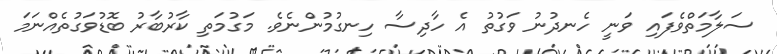
ސަލާމަތްވެފައި ވަނީ ހެނދުނު ވަގުތު އެ ހާދިސާ ހިނގުމުންނެވެ. މަގުމަތި ކާރުބާރު ބޮޑުވަގުތެއްނަމަ